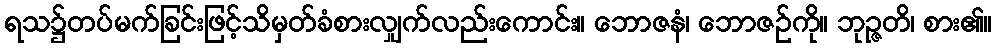
ရသ၌တပ်မက်ခြင်းဖြင့်သိမှတ်ခံစားလျှက်လည်းကောင်း။ ဘောဇနံ၊ ဘောဇဉ်ကို။ ဘုဉ္ဇတိ၊ စား၏။